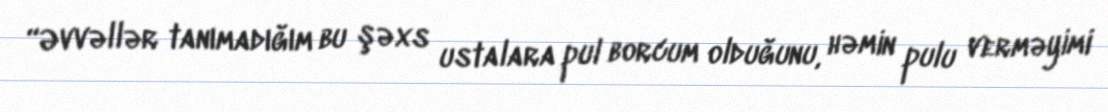
“Əvvəllər tanımadığım bu şəxs ustalara pul borcum olduğunu, həmin pulu verməyimi